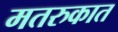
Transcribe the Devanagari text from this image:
मतरुकात